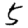
Digit: 5